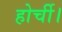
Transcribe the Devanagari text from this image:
होर्ची।